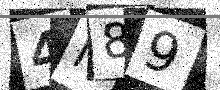
Text: 4N89